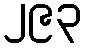
၂၉၃